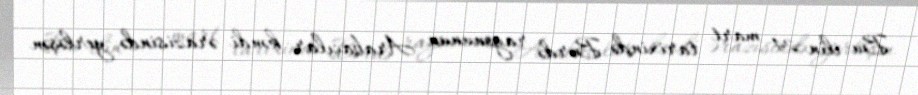
Bu ilin 24 mart tarixində Bərdə rayonunun Arabaçılar kəndi ərazisində yerləşən